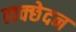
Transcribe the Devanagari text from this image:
त्वक्छेदन